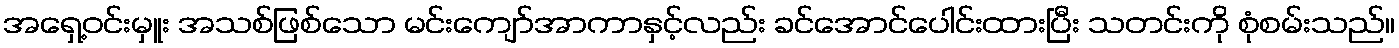
အရှေ့ဝင်းမှူး အသစ်ဖြစ်သော မင်းကျော်အာကာနှင့်လည်း ခင်အောင်ပေါင်းထားပြီး သတင်းကို စုံစမ်းသည်။